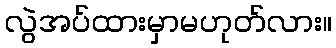
လွဲအပ်ထားမှာမဟုတ်လား။